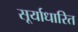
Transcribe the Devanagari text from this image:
सूर्याधारित